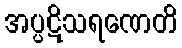
အပ္ပဋိသရဏေတိ